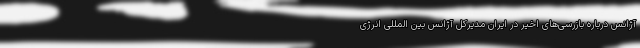
آژانس درباره بازرسی‌های اخیر در ایران مدیرکل آژانس بین المللی انرژی